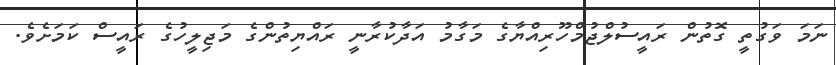
ނަމަ ވަގުތީ ގޮތުން ރައީސުލްޖުމްހޫރިއްޔާގެ މަގާމު އަދާކުރާނީ ރައްޔިތުންގެ މަޖިލީހުގެ ރައީސް ކަމަށެވެ.